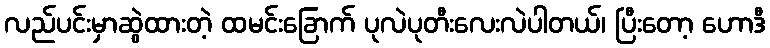
လည်ပင်းမှာဆွဲထားတဲ့ ထမင်းခြောက် ပုလဲပုတီးလေးလဲပါတယ်၊ ပြီးတော့ ဟောဒီ